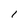
Character: I